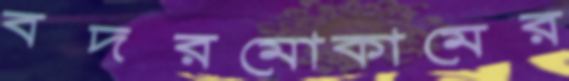
বদরমোকামের